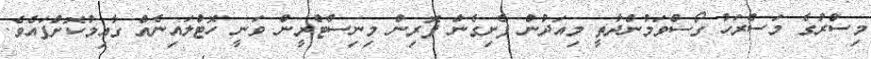
މިސްރުގެ މަސްރަހު ގޯސްވަމުންދާތީ މިއަދުން ފެށިގެން ފޮރިން މިނިސްޓްރީން ވަނީ ހޮޓްލައިނެއް ގާއިމުކޮށްފައެވެ.